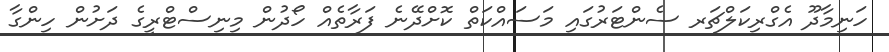
ހަނިމާދޫ އެގްރިކަލްޗަރ ސެންޓަރުގައި މަސައްކަތް ކޮށްދޭނެ ފަރާތެއް ހޯދުން މިނިސްޓްރީގެ ދަށުން ހިންގާ